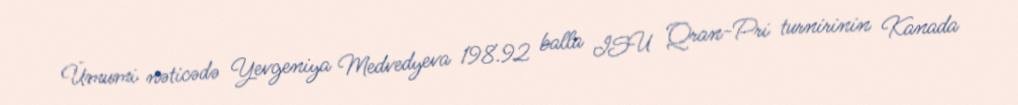
Ümumi nəticədə Yevgeniya Medvedyeva 198.92 balla ISU Qran-Pri turnirinin Kanada